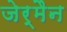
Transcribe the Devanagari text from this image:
जेर्मैन